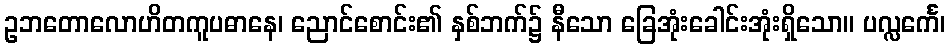
ဥဘတောလောဟိတကူပဓာနေ၊ ညောင်စောင်း၏ နှစ်ဘက်၌ နီသော ခြေအုံးခေါင်းအုံးရှိသော။ ပလ္လင်္ကေ၊